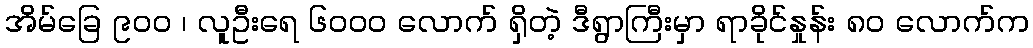
အိမ်ခြေ ၉၀၀ ၊ လူဦးရေ ၆၀၀၀ လောက် ရှိတဲ့ ဒီရွာကြီးမှာ ရာခိုင်နှုန်း ၈၀ လောက်က